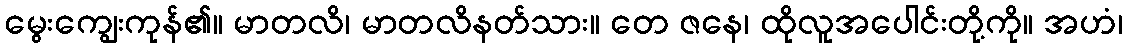
မွေးကျွေးကုန်၏။ မာတလိ၊ မာတလိနတ်သား။ တေ ဇနေ၊ ထိုလူအပေါင်းတို့ကို။ အဟံ၊